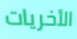
الأخريات